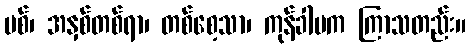
ပစ်၊ အနှစ်တစ်ရာ၊ တစ်စေ့သာ၊ ကုန်ခါမက ကြာသတည်း။